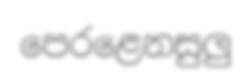
පෙරළෙනසුලු